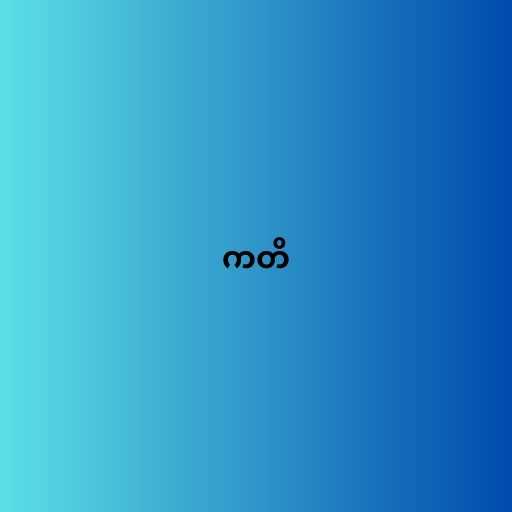
ကတိ